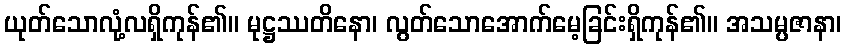
ယုတ်သောလုံ့လရှိကုန်၏။ မုဋ္ဌဿတိနော၊ လွတ်သောအောက်မေ့ခြင်းရှိကုန်၏။ အသမ္ပဇာနာ၊